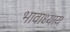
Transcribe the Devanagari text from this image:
भावाध्याय